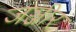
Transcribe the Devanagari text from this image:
जञ्जीर